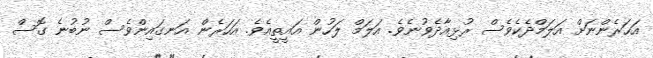
އަހަރެންނަށް އަލަމްދެކެވެސް ރުޅިއާދެވުނެވެ. އަލަމް ލަހުން އައީތީއެވެ. އަހަރެން އަނގައިންވެސް ނުބުނެ ގޮސް